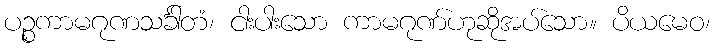
ပဉ္စကာမဂုဏသင်္ခါတံ၊ ငါးပါးသော ကာမဂုဏ်ဟုဆိုအပ်သော။ ပိယမေဝ၊